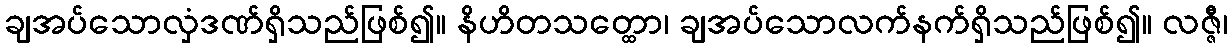
ချအပ်သောလှံဒဏ်ရှိသည်ဖြစ်၍။ နိဟိတသတ္ထော၊ ချအပ်သောလက်နက်ရှိသည်ဖြစ်၍။ လဇ္ဇီ၊